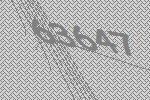
63647